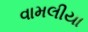
વામલીયા